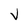
Character: v